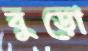
বুড়ো